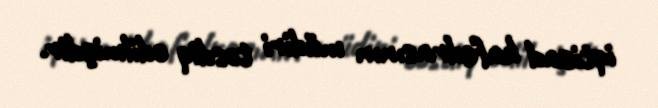
iqtisad kafedrasının müdiri təsdiq edilmişdir.